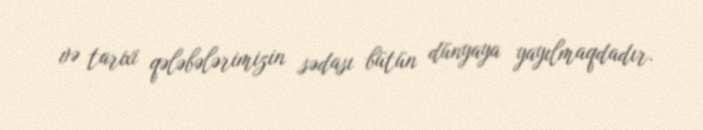
və tarixi qələbələrimizin sədası bütün dünyaya yayılmaqdadır.